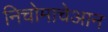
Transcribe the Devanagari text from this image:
निचोमाचेआन